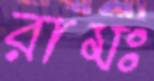
রামঃ